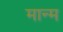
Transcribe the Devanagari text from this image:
मान्म